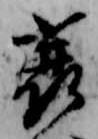
蓑